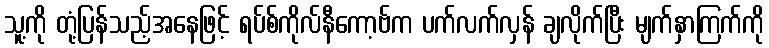
သူ့ကို တုံ့ပြန်သည့်အနေဖြင့် ရပ်စ်ကိုလ်နီကော့ဗ်က ပက်လက်လှန် ချလိုက်ပြီး မျက်နှာကြက်ကို